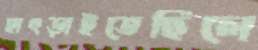
হাৎড়াইতেছিলে